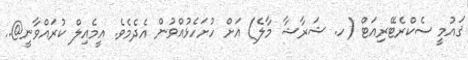
ޤައުމީ ސެކްރެޓޭރިއަޓް (ހ. ޝަރާޝާ މާލެ) އަށް ހުށަހެޅުއްވުން އެދެމެވެ. އީމެއިލް ކުރައްވާނީ@..